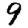
Digit: 9